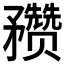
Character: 𥎝